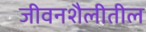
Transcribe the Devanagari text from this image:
जीवनशैलीतील